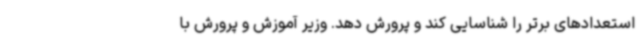
استعدادهای برتر را شناسایی کند و پرورش دهد. وزیر آموزش و پرورش با